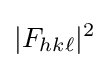
|F_{hk\ell }|^{2}